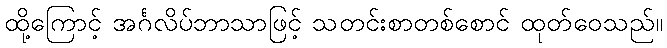
ထို့ကြောင့် အင်္ဂလိပ်ဘာသာဖြင့် သတင်းစာတစ်စောင် ထုတ်ဝေသည်။